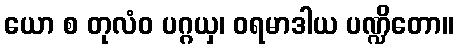
ယော စ တုလံဝ ပဂ္ဂယှ၊ ဝရမာဒါယ ပဏ္ဍိတော။